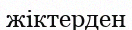
жіктерден